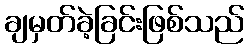
ချမှတ်ခဲ့ခြင်းဖြစ်သည်